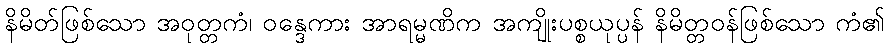
နိမိတ်ဖြစ်သော အဝုတ္တကံ၊ ဝန္ဒေကား အာရမ္မဏိက အကျိုးပစ္စယုပ္ပန် နိမိတ္တဝန်ဖြစ်သော ကံ၏